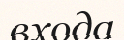
входа